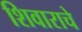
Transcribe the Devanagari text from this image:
शिवाराचे